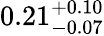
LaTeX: {0.21}_{-0.07}^{+0.10}